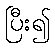
ပြီး၍